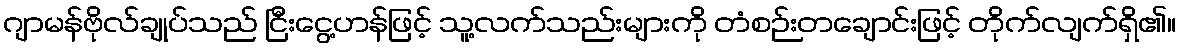
ဂျာမန်ဗိုလ်ချုပ်သည် ငြီးငွေ့ဟန်ဖြင့် သူ့လက်သည်းများကို တံစဉ်းတချောင်းဖြင့် တိုက်လျက်ရှိ၏။